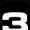
Digit: 3